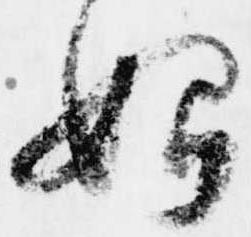
始